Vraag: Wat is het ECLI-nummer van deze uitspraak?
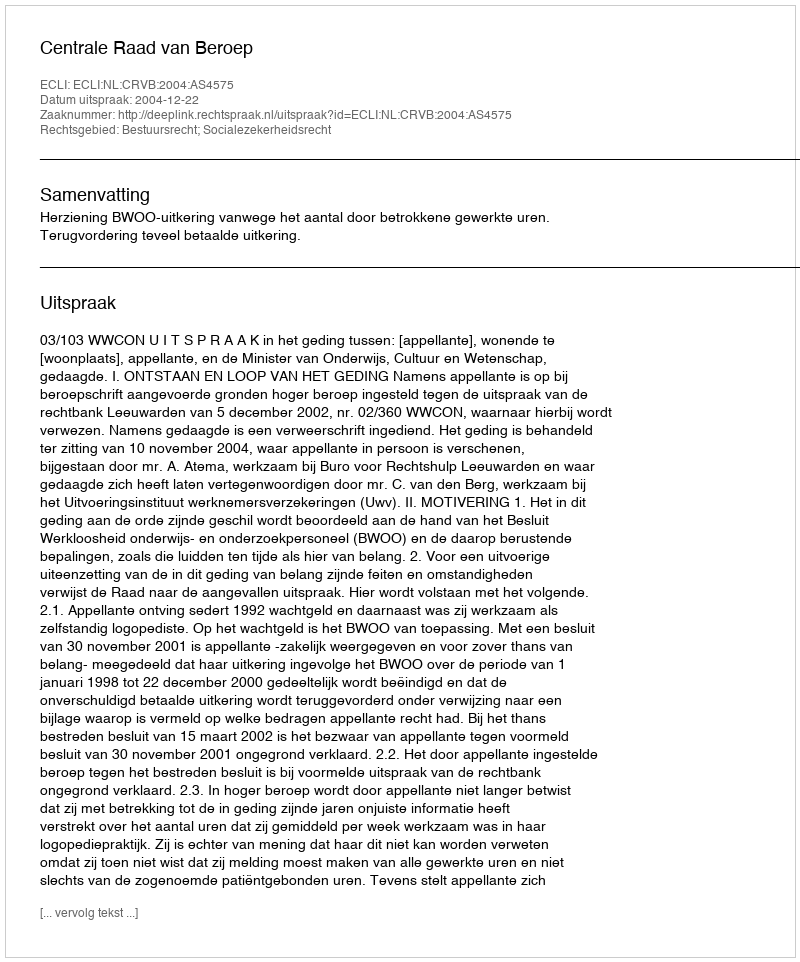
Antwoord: ECLI:NL:CRVB:2004:AS4575